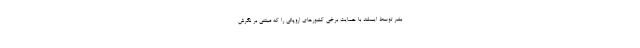
بشر توسط ایسلند با حمایت برخی کشورهای اروپائی را که مبتنی بر نگرش